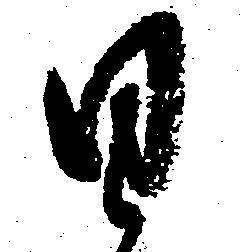
日